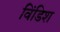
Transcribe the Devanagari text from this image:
विंडिश